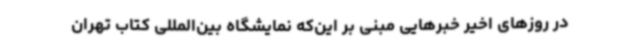
در روزهای اخیر خبرهایی مبنی بر این‌که نمایشگاه بین‌المللی کتاب تهران